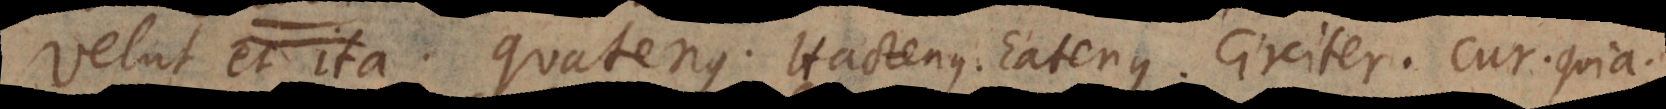
Velut et ita. Quatenus. Hactenus. Eatenus. Circiter. Cur. Quia.